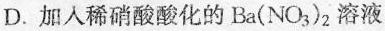
D.加入稀硝酸酸化的Ba(NO_{3})_{2}溶液